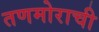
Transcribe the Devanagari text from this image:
तणमोराची